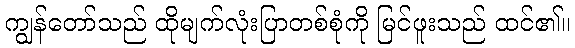
ကျွန်တော်သည် ထိုမျက်လုံးပြာတစ်စုံကို မြင်ဖူးသည် ထင်၏။